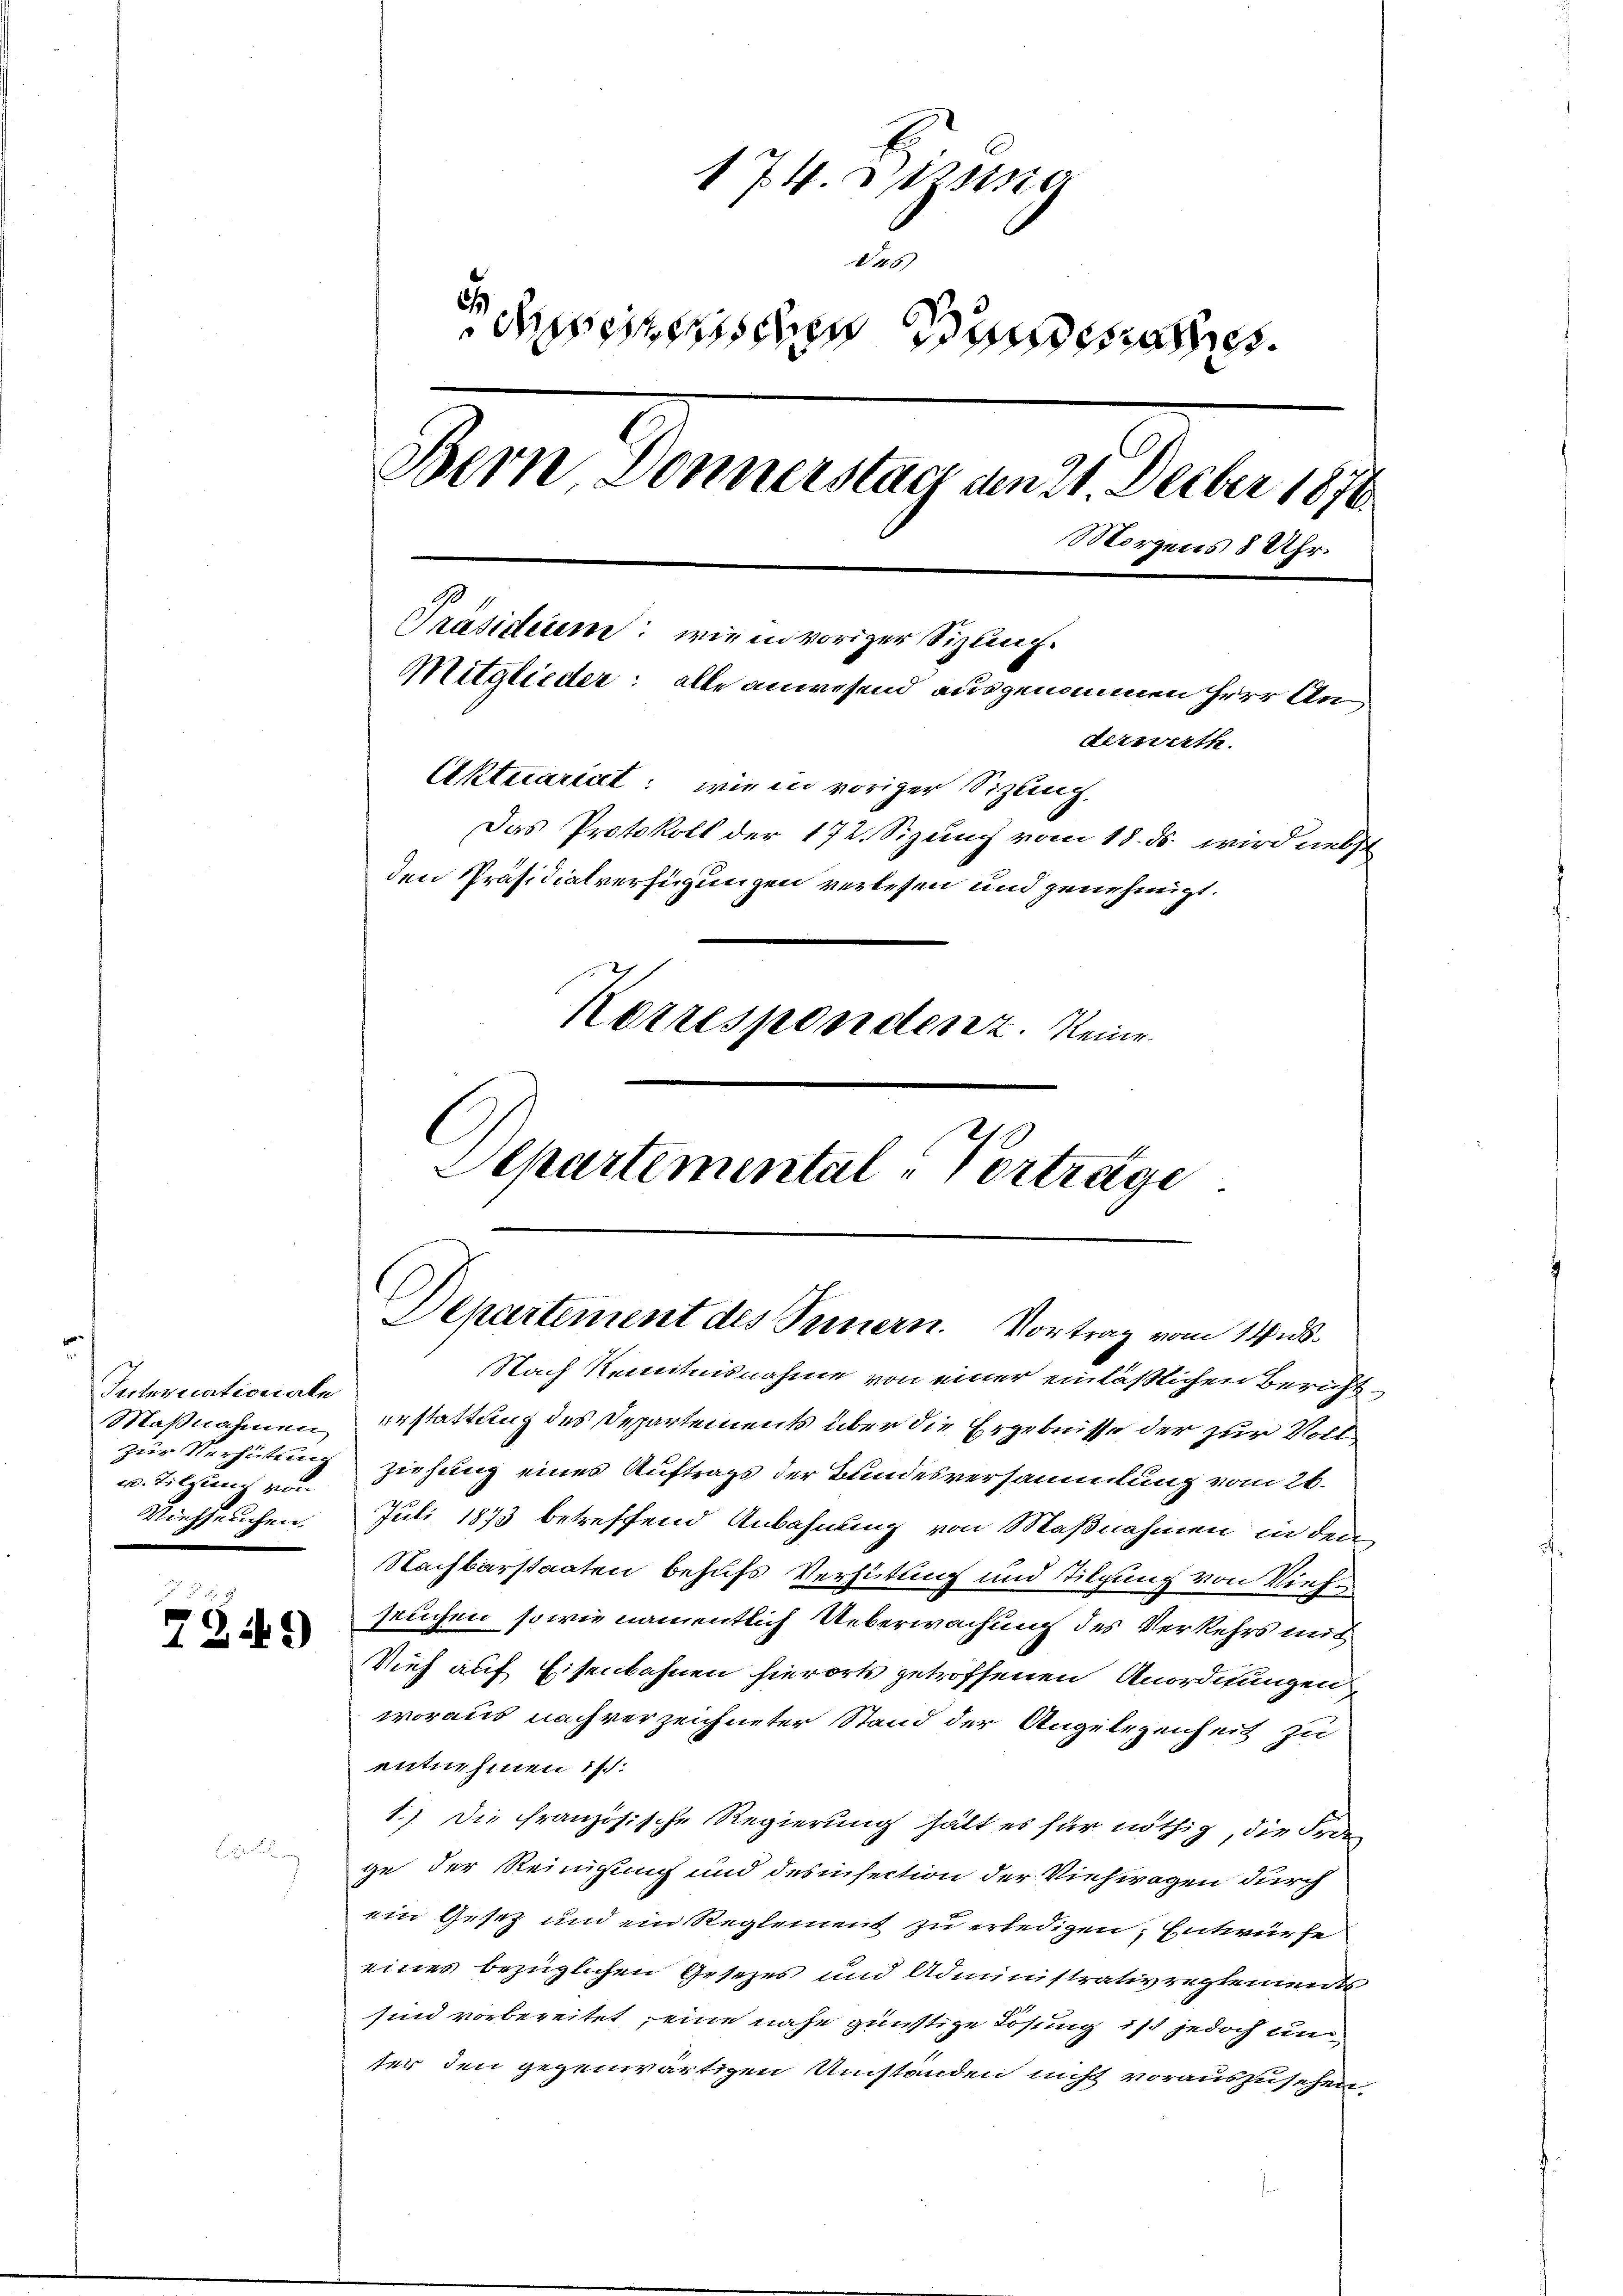
Internationale
u. Tilgung von

7349)

174. Dizia
Aa
dseeischen Bundesrathes.
Bern, Donnerstag am 21. Decber 1870
Morgens 8 Uhr.
Präsiderem: wie in voriger Sizung.
Mitglieder: alle anwesend ausgenommen herr Anderwerth
Aktuariat: wie in voriger Sitzung,
Das Protokoll der 172. Sizung vom 18. ds. wird nebst
den Präsidialverfügungen verlesen und genehmigt.
Korrespondenz. Reine
Separtemental-Vortrage

Departement des Seinern. Vortrag vom 14. ds.
Nach Kenntnisnahme von einer einläßlichen Bericht¬

Maßnahmen erstattung des Departements über die Ergebnisse der zur Vollzur Verhütung ziehung eines Auftrags der Bundesversammlung vom 26.
Viehseuchen. Juli 1873 betreffend Anbahnung von Maßnahmen in den
Nachbarstaaten behufs Verhütung und Tilgung von Viehseuchen, sowie namentlich Ueberwachung des Verkehrs mit
Vieh auf Eisenbahnen hierorts getroffenen Anordnungen
woraus nach verzeichneter Stand der Angelegenheit zu
entnehmen ist.
1.) Die französische Regierung hält es für nöthig, die Frde
ge der Reinigung und desinsection der Viehwagen durch
ein Gesetz und ein Reglement zu erledigen, Entwürfe
eines bezüglichen Gesetzes und Administrativreglements
sind vorbereitet, eine nahe günstige Lösung ist jedoch unter den gegenwärtigen Umstanden nicht vorauszusehen.